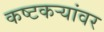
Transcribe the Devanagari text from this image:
कष्टकऱ्यांवर